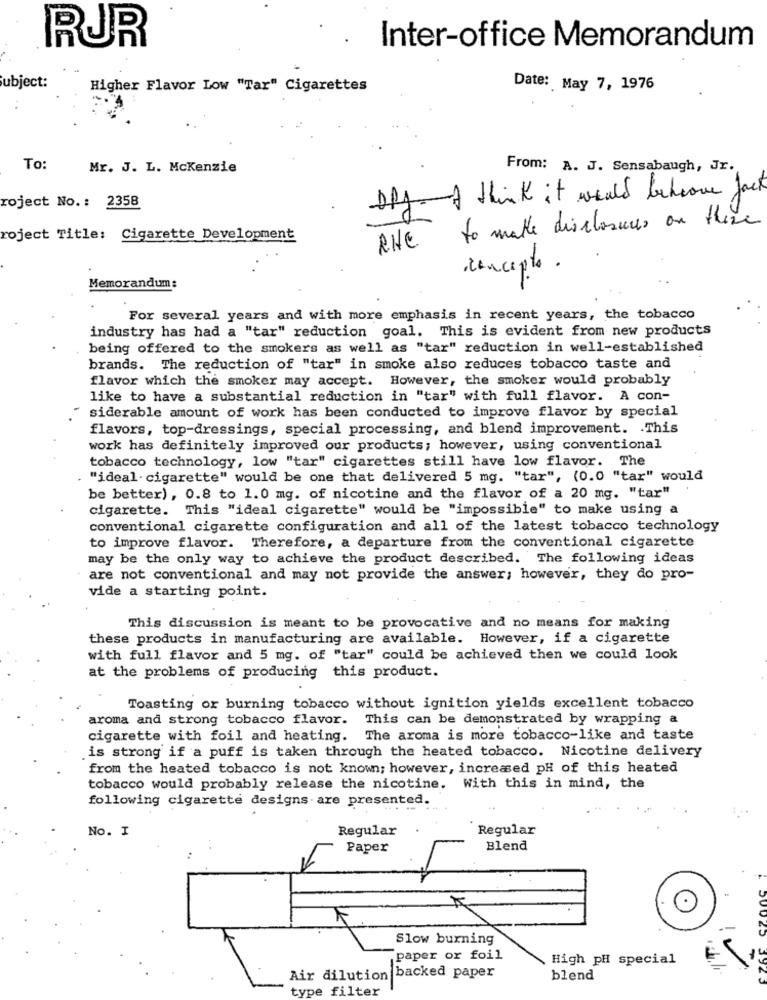
.
Inter-office Memorandum
RUR
Subject:
Higher Flavor Low "Tar" Cigarettes
Date: May 7, 1976
To
Mr. J. L. Mckenzie
From: A. J. Sensabaugh, Jr.
DRJ.I think it would beheave fact
roject No. : 2358
to make disclosures on there
roject Title: Cigarette Development
RHE
concepto
Memorandum:
For several years and with more emphasis in recent years, the tobacco
industry has had a "tar" reduction goal. This is evident from new products
being offered to the smokers as well as "tar" reduction in well-established
brands. The reduction of "tar" in smoke also reduces tobacco taste and
flavor which the smoker may accept. However, the smoker would probably
like to have a substantial reduction in "tar" with full flavor. A con-
siderable amount of work has been conducted to improve flavor by special
flavors, top-dressings, special processing, and blend improvement. . This
work has definitely improved our products; however, using conventional
tobacco technology, low "tar" cigarettes still have low flavor. The
"ideal - cigarette" would be one that delivered 5 mg. "tar", (0.0 "tar" would
be better), 0.8 to 1.0 mg. of nicotine and the flavor of a 20 mg. "tar"
cigarette. This "ideal cigarette" would be "impossible" to make using a
conventional cigarette configuration and all of the latest tobacco technology
to improve flavor. Therefore, a departure from the conventional cigarette
may be the only way to achieve the product described. The following ideas
are not conventional and may not provide the answer; however, they do pro-
vide a starting point.
This discussion is meant to be provocative and no means for making
these products in manufacturing are available. However, if a cigarette
with full flavor and 5 mg. of "tar" could be achieved then we could look
at the problems of producing this product.
Toasting or burning tobacco without ignition yields excellent tobacco
aroma and strong tobacco flavor. This can be demonstrated by wrapping a
cigarette with foil and heating. The aroma is more tobacco-like and taste
is strong if a puff is taken through the heated tobacco. Nicotine delivery
from the heated tobacco is not known; however, increased pH of this heated
tobacco would probably release the nicotine. With this in mind, the
following cigarette designs are presented.
No. I
Regular
Regular
Paper
Blend
25
Slow burning
paper or foil
High pH special
Air dilution
backed paper
blend
type filter